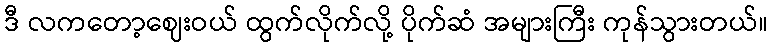
ဒီ လကတော့ဈေးဝယ် ထွက်လိုက်လို့ ပိုက်ဆံ အများကြီး ကုန်သွားတယ်။